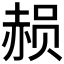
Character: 𮷑